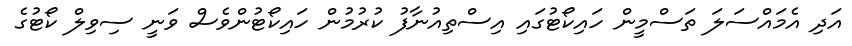
އަދި އެމައްސަލަ ތަސްމީން ހައިކޯޓުގައި އިސްތިއުނާފު ކުރުމުން ހައިކޯޓުންވެސް ވަނީ ސިވިލް ކޯޓުގެ